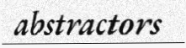
abstractors